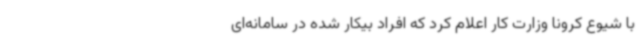
با شیوع کرونا وزارت کار اعلام کرد که افراد بیکار شده در سامانه‌ای